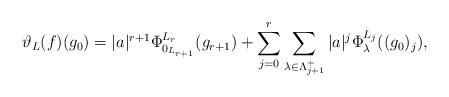
LaTeX: \begin{align*}\vartheta_L(f)(g_0)=|a|^{r+1}\Phi^{L_r}_{0_{L_{r+1}}}(g_{r+1})+\sum_{j=0}^r \sum_{\lambda\in \Lambda_{j+1}^+}|a|^j\Phi^{L_j}_\lambda ((g_0)_j),\end{align*}